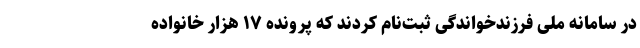
در سامانه ملی فرزندخواندگی ثبت‌نام کردند که پرونده ۱۷ هزار خانواده